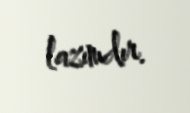
lazımdır.